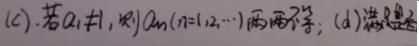
(c). 若$a_{1}\neq 1$, 则$a_{n}(n = 1,2,\cdots)$两两不等; (d) 满足条